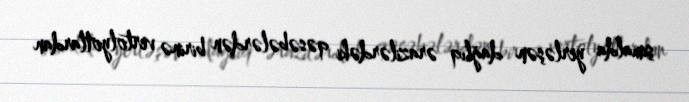
şimalda yerləşən dağlıq ərazilərdəki qəsəbələrdən birinə vertolyotlardan